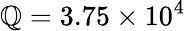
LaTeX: \mathbb{Q}=3.75\times10^{4}